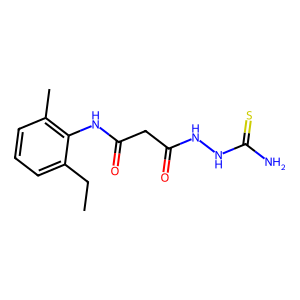
SMILES: CCc1cccc(C)c1NC(=O)CC(=O)NNC(N)=S
Inhibits HIV replication: No